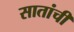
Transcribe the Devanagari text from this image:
सातांची